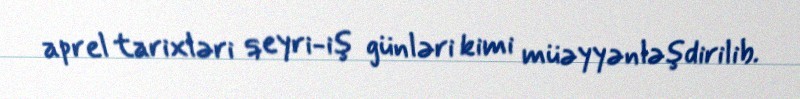
aprel tarixləri qeyri-iş günləri kimi müəyyənləşdirilib.